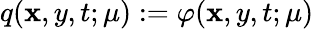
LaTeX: q(\mathbf{x},y,t;\mu):=\varphi(\mathbf{x},y,t;\mu)